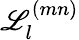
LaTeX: \mathscr{L}_{l}^{(mn)}